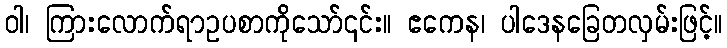
ဝါ၊ ကြားလောက်ရာဥပစာကိုသော်၎င်း။ ဧကေန၊ ပါဒေနခြေတလှမ်းဖြင့်။